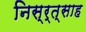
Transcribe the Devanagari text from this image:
निस्र्त्साह